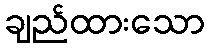
ချည်ထားသော